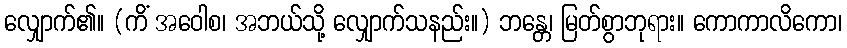
လျှောက်၏။ (ကိံ အဝေါစ၊ အဘယ်သို့ လျှောက်သနည်း။) ဘန္တေ၊ မြတ်စွာဘုရား။ ကောကာလိကော၊